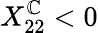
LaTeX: X_{22}^{\mathbb{C}}<0